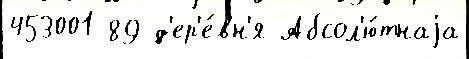
453001 89 д'ер'е́вн'я Абсол'ю́тнаjа